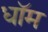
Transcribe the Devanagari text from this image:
धॉम